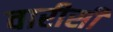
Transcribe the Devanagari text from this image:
वारीसी